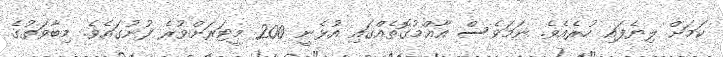
ކަމަށް ލިޔެފައި ހުރެއެވެ. ނަމަވެސް އާޢްމުގޮތެއްގައި އުޅެނީ 200 މީޓަރަށްވުރެ ފުނުގައެވެ. މިބާވަތުގެ